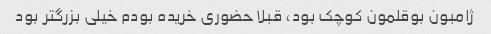
ژامبون بوقلمون کوچک بود، قبلا حضوری خریده بودم خیلی بزرگتر بود